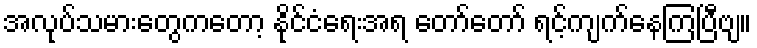
အလုပ်သမားတွေကတော့ နိုင်ငံရေးအရ တော်တော် ရင့်ကျက်နေကြပြီဗျ။